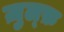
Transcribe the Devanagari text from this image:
ज़ुल्फ़